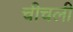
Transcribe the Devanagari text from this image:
चीचली